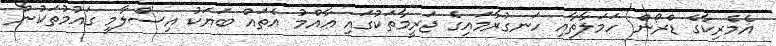
އެމެރިކާގެ ޑްރޯން ހަމަލާތާއި ހަނގުރާމައިގެ ޖަރީމާތަކުގައި ޢާއްމު އެތައް ބަޔަކު އިސްލާމީ ގައުމުތަކުން